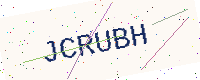
Text: JCRUBH